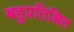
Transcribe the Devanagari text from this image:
बहुप्रतिक्षित